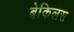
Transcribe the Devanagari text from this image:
बेकिलस